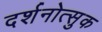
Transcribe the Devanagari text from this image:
दर्शनोत्सुक